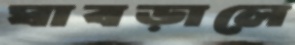
ঘাবড়ালে